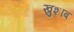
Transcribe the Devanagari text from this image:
खुशाब